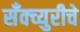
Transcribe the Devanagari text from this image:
सॅंक्च्युरीचे